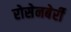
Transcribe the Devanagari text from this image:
रोसेनबेर्री